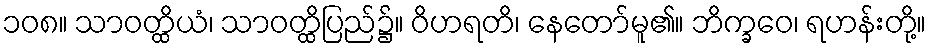
၁၀၈။ သာဝတ္ထိယံ၊ သာဝတ္ထိပြည်၌။ ဝိဟရတိ၊ နေတော်မူ၏။ ဘိက္ခဝေ၊ ရဟန်းတို့။